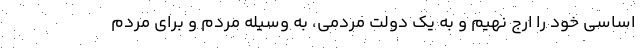
اساسی خود را ارج نهیم و به یک دولت مردمی، به وسیله مردم و برای مردم